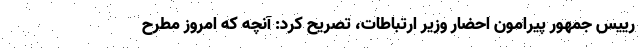
رییس جمهور پیرامون احضار وزیر ارتباطات، تصریح کرد: آنچه که امروز مطرح